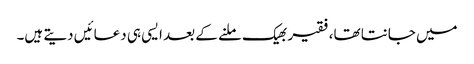
میں جانتا تھا،فقیر بھیک ملنے کے بعد ایسی ہی دعائیں دیتے ہیں۔